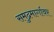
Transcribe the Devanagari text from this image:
समुद्रमार्गावर